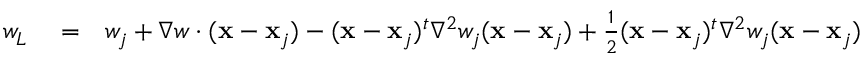
\begin{array} { r l r } { w _ { L } } & { { } = } & { w _ { j } + \nabla w \cdot ( { \bf x } - { \bf x } _ { j } ) - ( { \bf x } - { \bf x } _ { j } ) ^ { t } { \nabla } ^ { 2 } w _ { j } ( { \bf x } - { \bf x } _ { j } ) + \frac { 1 } { 2 } ( { \bf x } - { \bf x } _ { j } ) ^ { t } { \nabla } ^ { 2 } w _ { j } ( { \bf x } - { \bf x } _ { j } ) } \end{array}